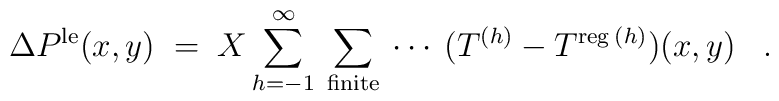
\Delta P^{\mbox{\scriptsize{le}}}(x,y) \;=\; X \sum_{h=-1}^\infty \:\sum_{\mbox{\scriptsize{finite}}} \:\cdots\:(T^{(h)} - T^{\mbox{\scriptsize{reg}} \:(h)})(x,y) \;\;\; .